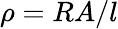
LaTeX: \rho=RA/l